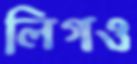
লিগও